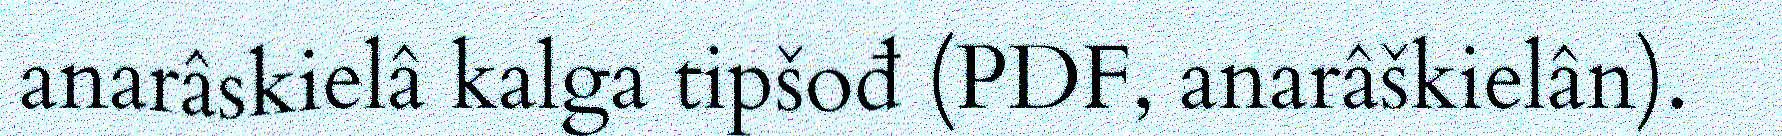
anarâskielâ kalga tipšođ (PDF, anarâškielân).